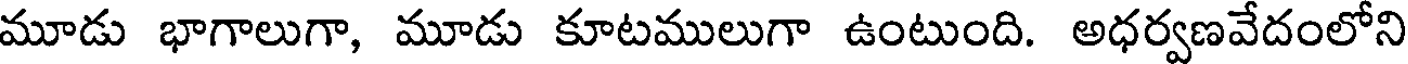
మూడు భాగాలుగా, మూడు కూటములుగా ఉంటుంది. అధర్వణవేదంలోని